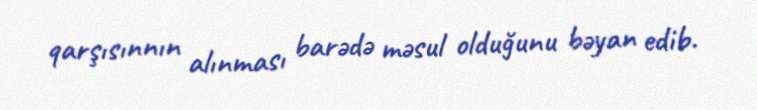
qarşısınnın alınması barədə məsul olduğunu bəyan edib.